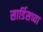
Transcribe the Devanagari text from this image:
सार्डिसच्या